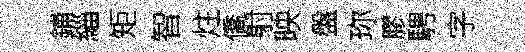
鋪緇矩智炷僑射映盤珎膠騁字